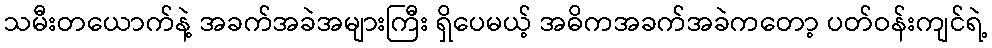
သမီးတယောက်နဲ့ အခက်အခဲအများကြီး ရှိပေမယ့် အဓိကအခက်အခဲကတော့ ပတ်ဝန်းကျင်ရဲ့